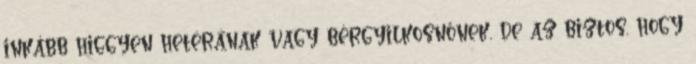
inkább higgyen hetérának vagy bérgyilkosnőnek, de az biztos, hogy